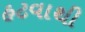
હટવાથી